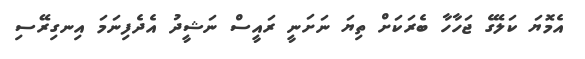
އެމޮޔަ ކަލޭގެ ޖަހާހާ ބެރަކަށް ތިޔަ ނަށަނީ ރައީސް ނަޝީދު އެދެފިނަމަ އިނގިރޭސި